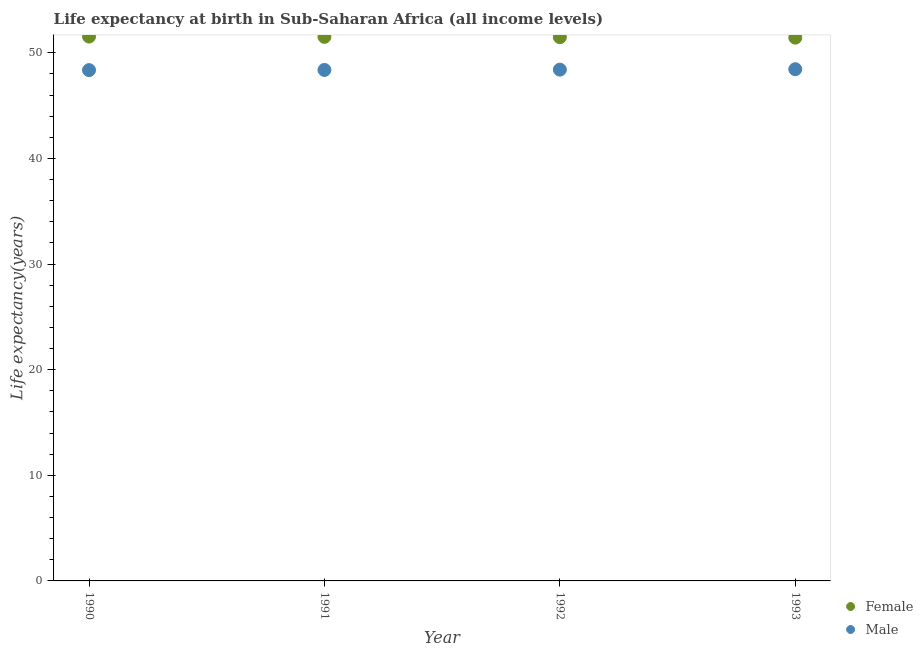
| Year | Female | Male |
 | --- | --- | --- |
 | 1990 | 51.5 | 48.4 |
 | 1991 | 51.5 | 48.4 |
 | 1992 | 51.5 | 48.4 |
 | 1993 | 51.4 | 48.5 |